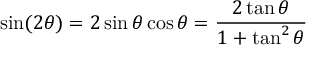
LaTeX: \sin ( 2 \theta ) = 2 \sin \theta \cos \theta = { \frac { 2 \tan \theta } { 1 + \tan ^ { 2 } \theta } }